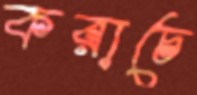
করাচে